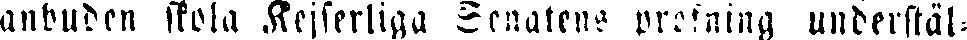
anbuden skola Kejserliga Senatens profning understäl-